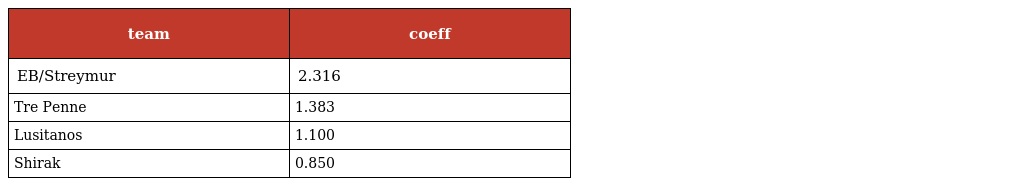
| team | coeff |
 | --- | --- |
 | EB/Streymur | 2.316 |
 | Tre Penne | 1.383 |
 | Lusitanos | 1.100 |
 | Shirak | 0.850 |